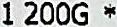
1 200G *